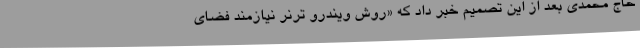
حاج محمدی بعد از این تصمیم خبر داد که «روش ویندرو ترنر نیازمند فضای